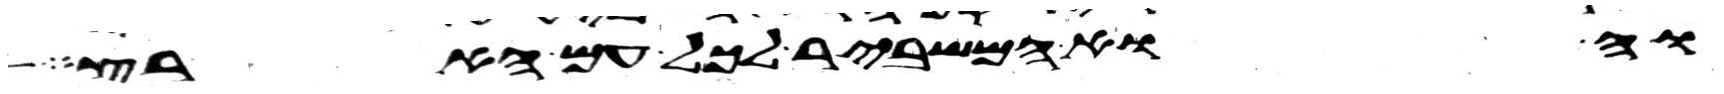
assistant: והוא המשביר לכל עם הארץ